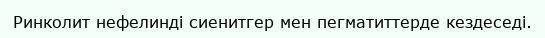
Ринколит нефелинді сиенитгер мен пегматиттерде кездеседі.